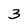
Character: 3